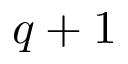
q + 1